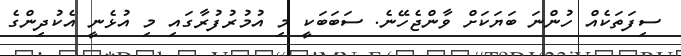
ސިފަތަކެއް ހުންނަ ބަޔަކަށް ވާންޖެހޭނެ. ސަބަބަކީ މި އުމުރުފުރާގައި މި އުޅެނީ އެކުދިންގެ